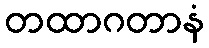
တထာဂတာနံ